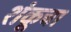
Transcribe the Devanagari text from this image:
शंकूचा